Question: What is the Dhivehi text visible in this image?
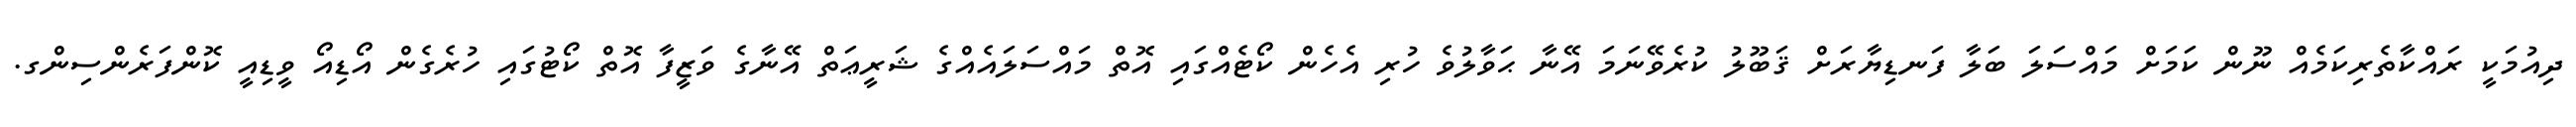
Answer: ދިއުމަކީ ރައްކާތެރިކަމެއް ނޫން ކަމަށް މައްސަލަ ބަލާ ފަނޑިޔާރަށް ޤަބޫލު ކުރެވޭނަމަ އޭނާ ޙަވާލުވެ ހުރި އެހެން ކޯޓެއްގައި އޮތް މައްސަލައެއްގެ ޝަރީޢަތް އޭނާގެ ވަޒީފާ އޮތް ކޯޓުގައި ހުރެގެން އޯޑިއޯ ވީޑިއީ ކޮންފަރެންސިންގ.